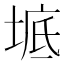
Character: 𡍓